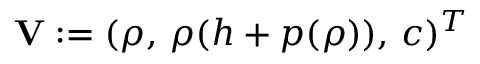
\mathbf { V } : = ( \rho , \, \rho ( h + p ( \rho ) ) , \, c ) ^ { T }